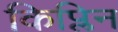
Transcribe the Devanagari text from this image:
किप्लिन